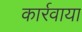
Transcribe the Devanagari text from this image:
कार्रवाया